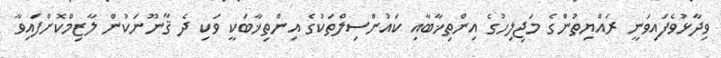
ވިދާޅުވެފައިވަނީ ރައްޔިތުންގެ މަޖިލިހުގެ އިންތިޚާބާއި ކައުންސިލްތަކުގެ އިންތިޚާބަކީ ވަކި ދެ ޤާނޫނަކުން ލާޒިމްކޮށްފައިވާ